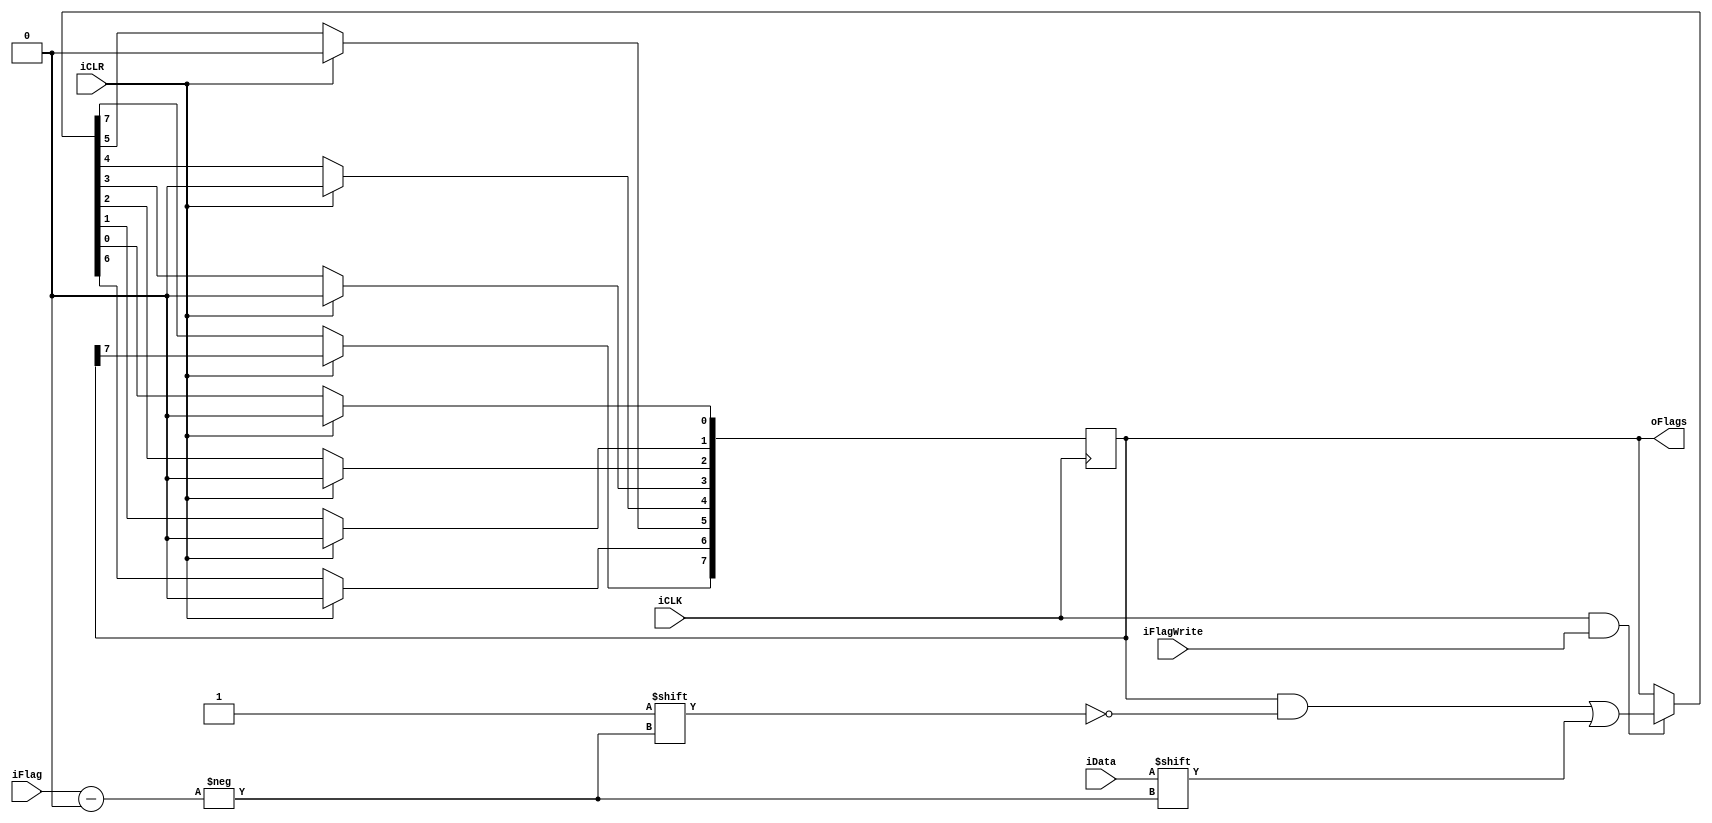
module FlagBank (iCLK, iCLR, iFlag, iFlagWrite, iData, oFlags);

/*Definio I/O*/
input wire iCLK, iCLR, iFlagWrite, iData;
input wire [2:0] iFlag;
output reg [7:0] oFlags;

integer i;

initial begin
	for (i = 0; i < 8; i = i + 1)
	begin
		oFlags[i] <= 1'b0;
	end
end

/*Escrever a cada subida do clock*/
always @(posedge iCLK)
begin
	if (iCLR)
	begin
		for (i = 0; i < 7; i = i + 1)
		begin
			oFlags[i] = 1'b0;
		end
	end
	else if (iCLK && iFlagWrite)
	begin
		oFlags[iFlag] = iData;
	end
end

endmodule